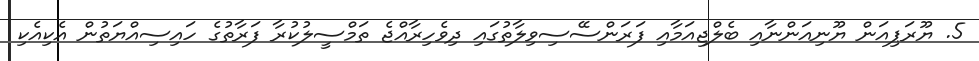
5. ޔޫރަޕިއަން ޔޫނިއަންނާއި ބެލްޖިއަމާއި ފަރަންސޭސިވިލާތުގައި ދިވެހިރާއްޖެ ތަމްސީލުކުރާ ފަރާތުގެ ހައިސިއްޔަތުން އެކިއެކި